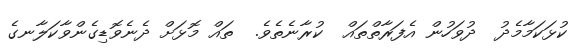
ކުޅަކަމާމެދު  ދުވަހުން އެފަރާތްތައް  ކުރާނެތެވެ.  ތައް މޮޅަށް ދެނެވޮޑިގެންވާކަލާނގެ